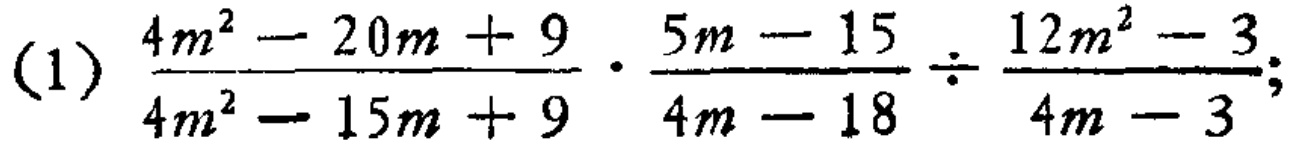
(1) \(\frac{4m^{2}-20m + 9}{4m^{2}-15m + 9}\cdot\frac{5m - 15}{4m - 18}\div\frac{12m^{2}-3}{4m - 3}\)